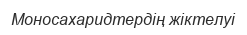
Моносахаридтердің жіктелуі